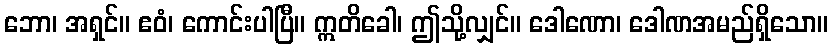
ဘော၊ အရှင်။ ဧဝံ၊ ကောင်းပါပြီ။ ဣတိခေါ၊ ဤသို့လျှင်။ ဒေါဏော၊ ဒေါဏအမည်ရှိသော။